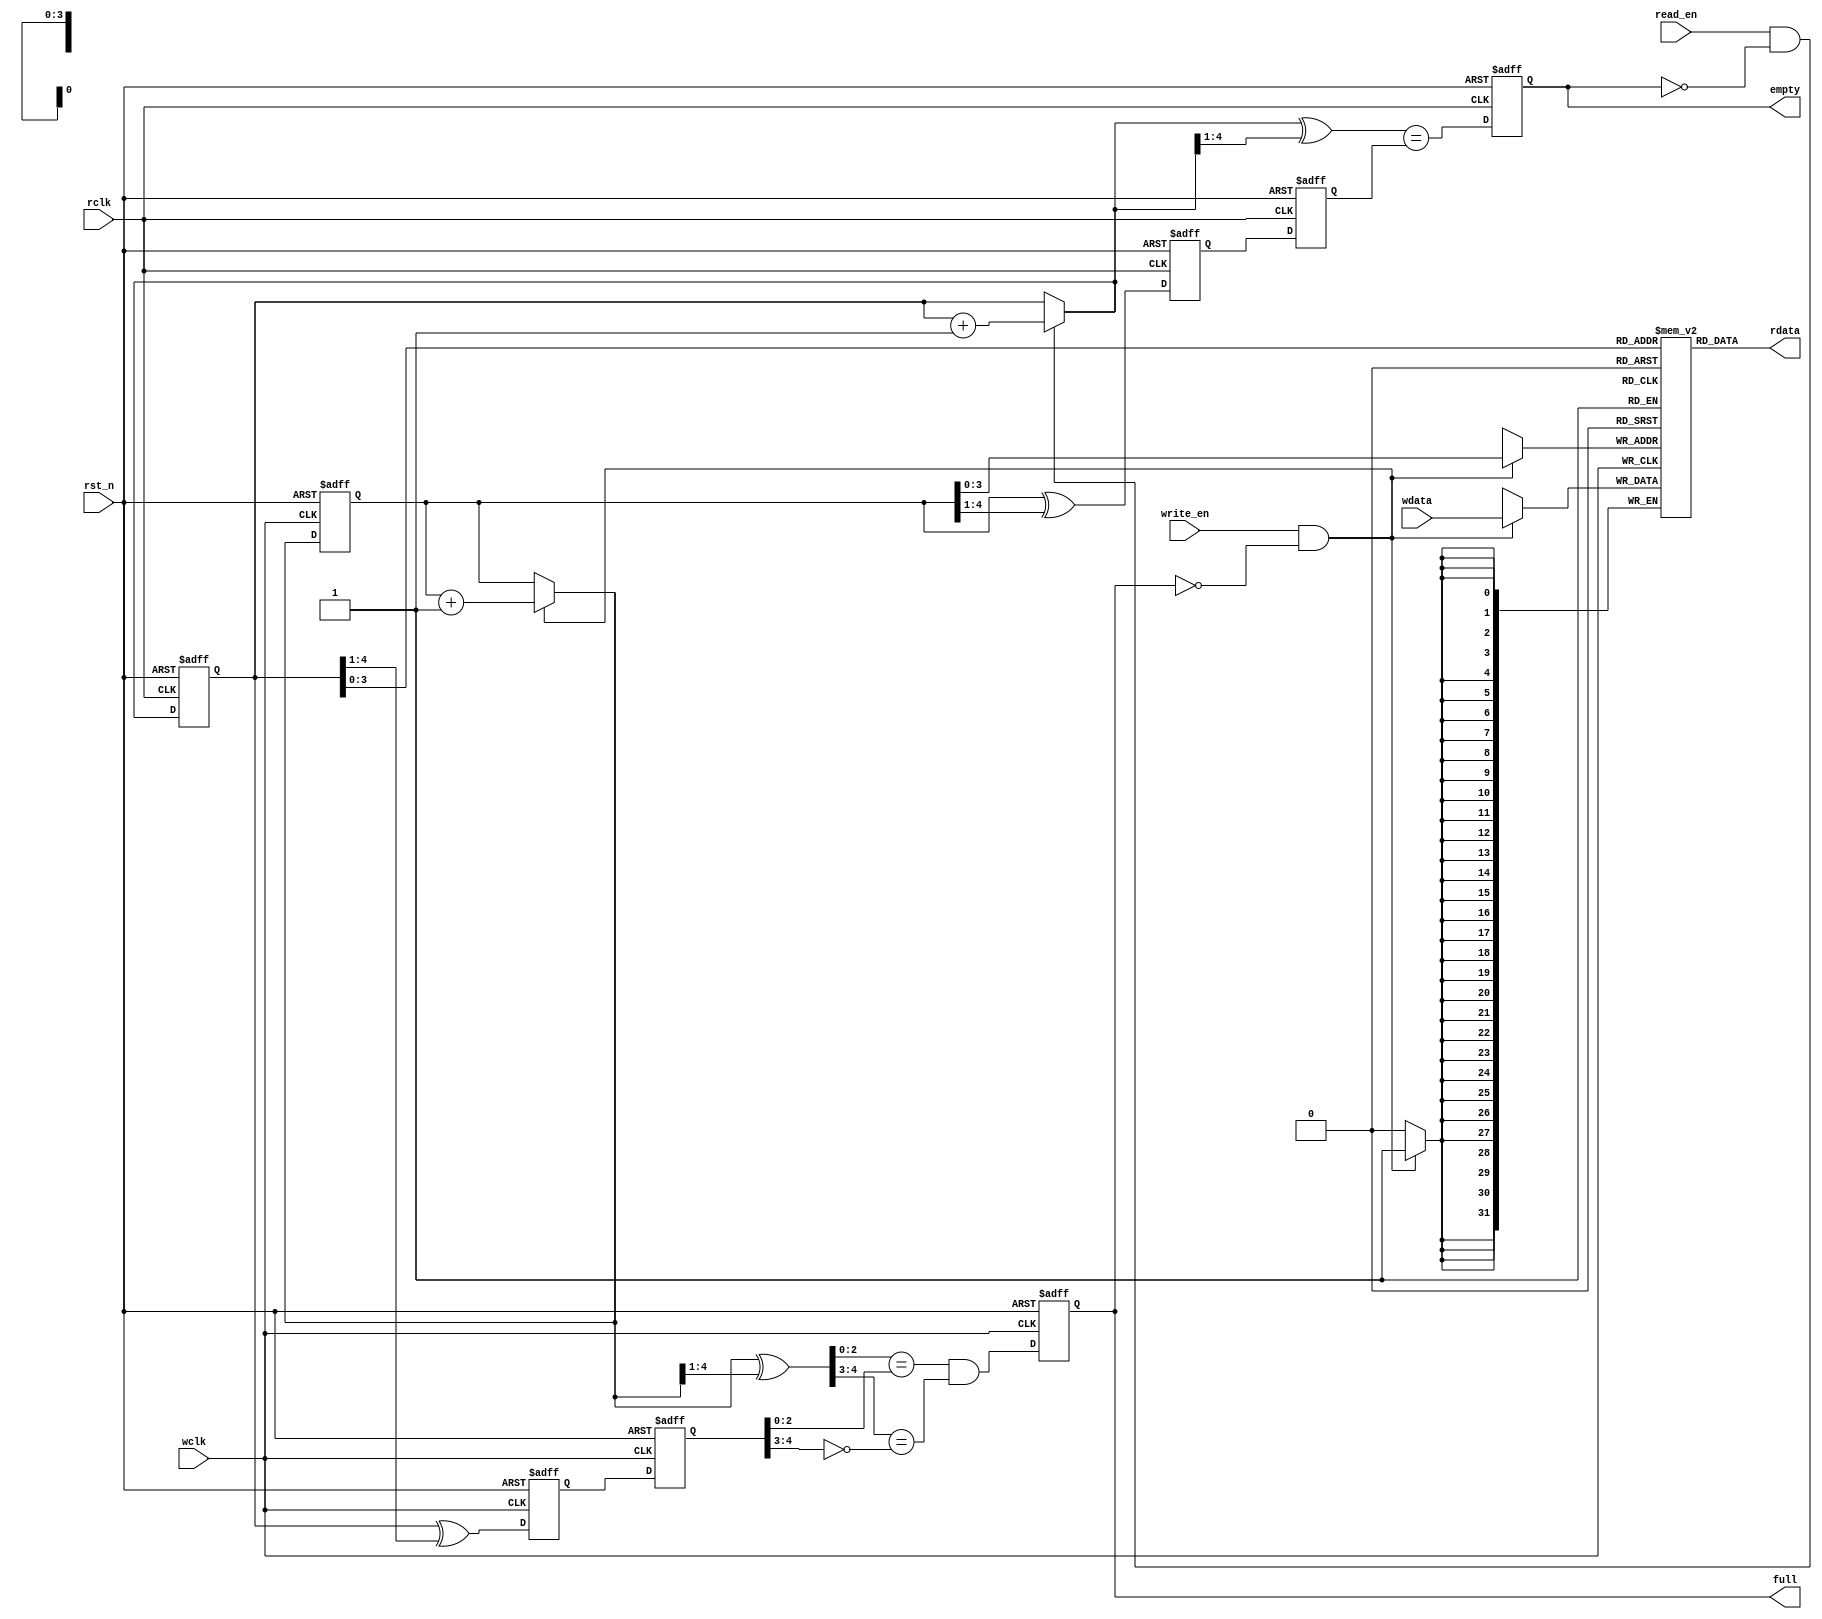
module asyncfifo #(
    parameter DWIDTH = 32,
    parameter AWIDTH = 4
) (
    wdata,
    write_en,
    wclk,
    rst_n,
    full,
    rdata,
    read_en,
    rclk,
    empty
);

parameter DEPTH = 2 ** AWIDTH;

input                  rst_n;
// write port
input  [DWIDTH-1:0]    wdata;
input                  write_en;
input                  wclk;
output                 full;

// read port
output [DWIDTH-1:0]    rdata;
input                  rclk;
input                  read_en;
output                 empty;

reg                    empty;
reg                    full;
reg    [DWIDTH-1:0]    fifo_mem[0:DEPTH-1];
reg    [AWIDTH:0]      waddr;
reg    [AWIDTH:0]      raddr;
reg    [AWIDTH:0]      w_raddr_gre_d1;
reg    [AWIDTH:0]      w_raddr_gre_d2;
reg    [AWIDTH:0]      r_waddr_gre_d1;
reg    [AWIDTH:0]      r_waddr_gre_d2;

wire   [AWIDTH:0]      waddr_nxt;
wire   [AWIDTH:0]      raddr_nxt;
wire   [AWIDTH:0]      waddr_gre;
wire   [AWIDTH:0]      raddr_gre;
wire   [AWIDTH:0]      waddr_nxt_gre;
wire   [AWIDTH:0]      raddr_nxt_gre;
wire   [DWIDTH-1:0]    rdata;

//**********************************************************
//                    main logic
//**********************************************************

always @(posedge wclk or negedge rst_n) begin
    if(!rst_n)
        waddr <= 'b0;
    else
        waddr <= waddr_nxt;
end

always @(posedge wclk or negedge rst_n) begin
    if (!rst_n) begin
        w_raddr_gre_d1 <= 'b0;
        w_raddr_gre_d2 <= 'b0;
    end
    else begin
        w_raddr_gre_d1 <= raddr_gre;
        w_raddr_gre_d2 <= w_raddr_gre_d1;
    end
end

assign waddr_nxt = (write_en && !full) ? waddr + 'b1 : waddr;
assign waddr_gre = waddr ^ {1'b0, waddr[AWIDTH:1]};
assign waddr_nxt_gre = waddr_nxt ^ {1'b0, waddr_nxt[AWIDTH:1]};


always @(posedge wclk or negedge rst_n) begin
    if (!rst_n)
        full <= 1'b0;
    else
        full <= (waddr_nxt_gre[AWIDTH-2:0] == w_raddr_gre_d2[AWIDTH-2:0])
             && (waddr_nxt_gre[AWIDTH:AWIDTH-1] == ~w_raddr_gre_d2[AWIDTH:AWIDTH-1]);
end

always @(posedge wclk) begin
    if (write_en && !full)
        fifo_mem[waddr[AWIDTH-1:0]] <= wdata;
end

always @(posedge rclk or negedge rst_n) begin
    if(!rst_n)
        raddr <= 'b0;
    else
        raddr <= raddr_nxt;
end

always @(posedge rclk or negedge rst_n) begin
    if (!rst_n) begin
        r_waddr_gre_d1 <= 'b0;
        r_waddr_gre_d2 <= 'b0;
    end
    else begin
        r_waddr_gre_d1 <= waddr_gre;
        r_waddr_gre_d2 <= r_waddr_gre_d1;
    end
end

assign raddr_nxt = (read_en && !empty) ? raddr + 'b1 : raddr;
assign raddr_gre = raddr ^ {1'b0, raddr[AWIDTH:1]};
assign raddr_nxt_gre = raddr_nxt ^ {1'b0, raddr_nxt[AWIDTH:1]};

always @ (posedge rclk or negedge rst_n) begin
    if(!rst_n)
        empty <= 1'b1;
    else
        empty <= (raddr_nxt_gre == r_waddr_gre_d2);
end

assign rdata = fifo_mem[raddr[AWIDTH-1:0]];

endmodule